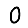
Digit: 0